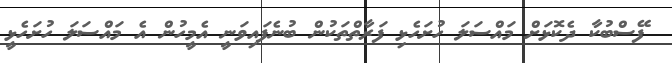
ފޭސްބުކާ ދެކޮޅަށް މައްސަލަ ހުށަހެޅި ފަރާތްތަކުން ބުނެފައިވަނީ އެމީހުން އެ މައްސަލަ ހުށަހެޅީ